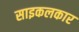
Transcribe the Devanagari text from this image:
साइकलकार